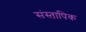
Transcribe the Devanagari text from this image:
संस्तापिक